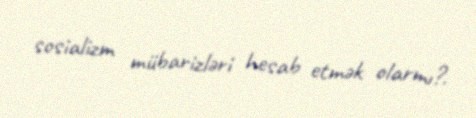
sosializm mübarizləri hesab etmək olarmı?.